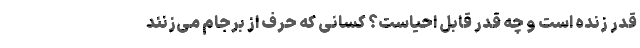
قدر زنده است و چه قدر قابل احیاست؟ کسانی که حرف از برجام می‌زنند